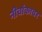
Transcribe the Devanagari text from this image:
नीचांकावर